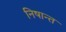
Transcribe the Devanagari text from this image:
निषान्त